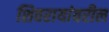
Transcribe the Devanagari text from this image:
शिवरायांवरील